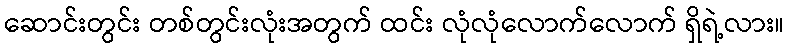
ဆောင်းတွင်း တစ်တွင်းလုံးအတွက် ထင်း လုံလုံလောက်လောက် ရှိရဲ့လား။